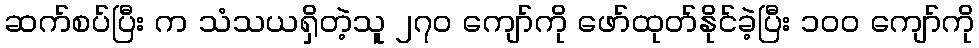
ဆက်စပ်ပြီး က သံသယရှိတဲ့သူ ၂၇၀ ကျော်ကို ဖော်ထုတ်နိုင်ခဲ့ပြီး ၁၀၀ ကျော်ကို